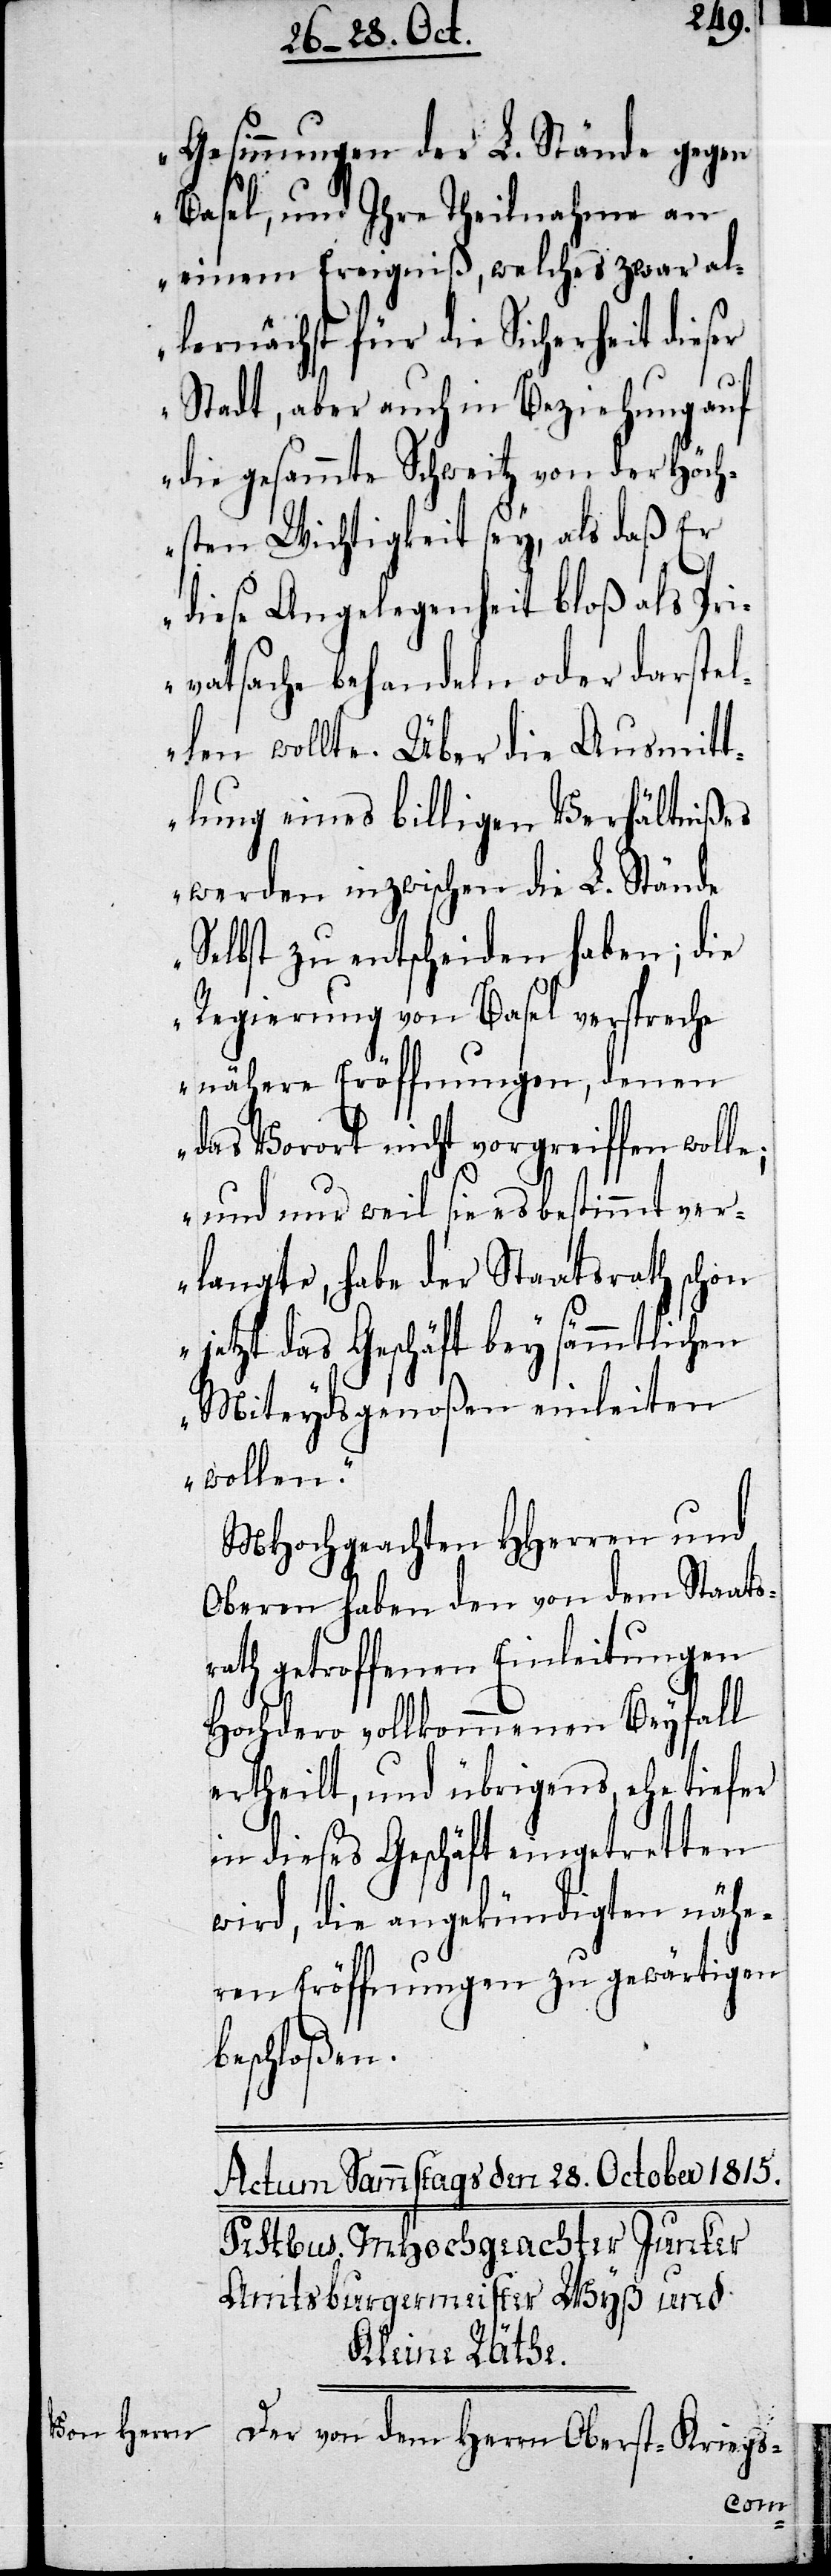
Gesinnungen der L. Stände gegen
Basel, und Ihre Theilnahme an
einem Ereignis, welches zwar al¬
lernächst für die Sicherheit dieser
Stadt, aber auch in Beziehung auf
die gesammte Schweitz von der höch¬
sten Wichtigkeit sey, als daß er
dieses Angelegenheit bloß als Pri¬
vatsache behandeln oder darstel¬
len wollte. Über die Ausmitt¬
elung eines billigen Verhältnißes
werden inzwischen die L. Stände
selbst zu entscheiden haben; die
Regierung von Basel verspreche
nähere Eröffnungen , denen
das Vorort nicht vorgreiffen wolle;
und nur weil sie es bestimmt ver¬
langte, habe der Staatsrath schon
jetzt das Geschäft bey sämmtlichen
Miteydsgenoßen einleiten
wollen.“
MHochgeachten HHerren und
Obern haben den von dem Staats¬
rath getroffenen Einleitungen
Hochdero vollkommenen Beyfall
ertheilt, und übrigens, ehe tiefer
in dieses Geschäft eingetretten
wird, die angekündigten nähe¬
ren Eröffnungen zu gewärtigen
beschloßen.
Der von dem Herrn Oberst-Kriegs-